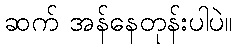
ဆက် အန်နေတုန်းပါပဲ။